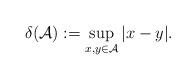
LaTeX: \begin{align*} \delta(\mathcal{A}) := \sup_{x, y \in \mathcal{A}} |x - y|.\end{align*}